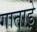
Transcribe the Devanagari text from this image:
गाताड़े